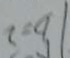
b = 2